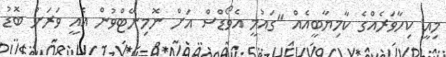
މިއީ ކިހާވަރެއްގެ ކާމިޔާބީއެއް "ގައުމީ އެވޯޑްސް އަށް ނޮމިނޭޓްވުން އެއީ ވަރަށް ބޮޑު